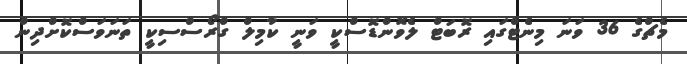
މެޗްގެ 36 ވަނަ މިނެޓްގައި ރޮބަޓް ލެވޮންޑޮސްކީ ވަނީ ކާމިލް ގްރޯސްސިކީ ތަނަވަސްކޮށްދިން